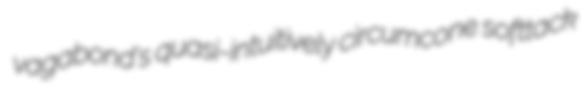
vagabond's quasi-intuitively circumcone softtack